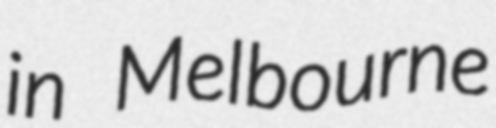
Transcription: in Melbourne